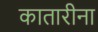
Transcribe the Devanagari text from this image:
कातारीना